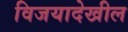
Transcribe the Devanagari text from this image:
विजयादेखील